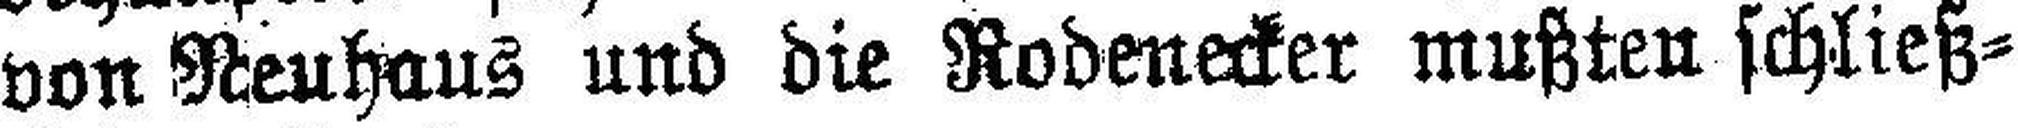
von Neuhaus und die Rodenecker mußten schließ¬